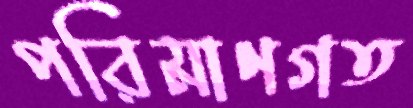
পরিমাণগত